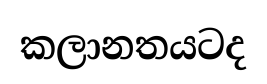
කලානතයටද